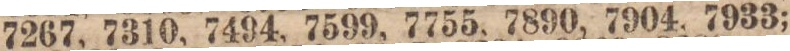
7267, 7310, 7494, 7599, 7755, 7890, 7904, 7933;